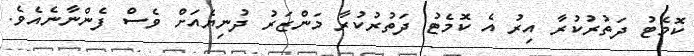
ކޮމެޓު ދަތުރުކުރާ އިރު އެ ކޮމެޓު ދަތުރުކުރާ މަންޒަރު ދުނިޔެއަށް ވެސް ފެންނާނެއެވެ.